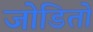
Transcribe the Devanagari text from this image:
जोडितो